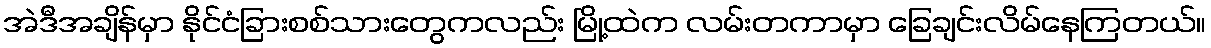
အဲဒီအချိန်မှာ နိုင်ငံခြားစစ်သားတွေကလည်း မြို့ထဲက လမ်းတကာမှာ ခြေချင်းလိမ်နေကြတယ်။